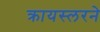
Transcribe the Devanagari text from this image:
क्रायस्लरने